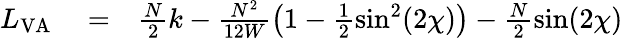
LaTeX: \begin{array}{rlr}{L_{\mathrm{VA}}}&{{}=}&{\frac{N}{2}k-\frac{N^{2}}{12W}\left(1-\frac{1}{2}\sin^{2}(2\chi)\right)-\frac{N}{2}\sin(2\chi)}\end{array}